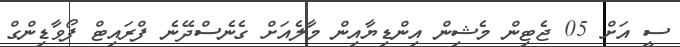
ސީ އަށް 05 ޖެޓިން މެޝިން އިންޑިޔާއިން މާލެއަށް ގެނެސްދޭނެ ފްރައިޓް ފޯވާޑިންގް